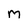
Character: M